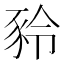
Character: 𧰻